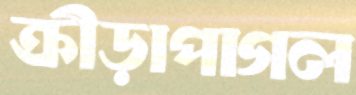
ক্রীড়াপাগল